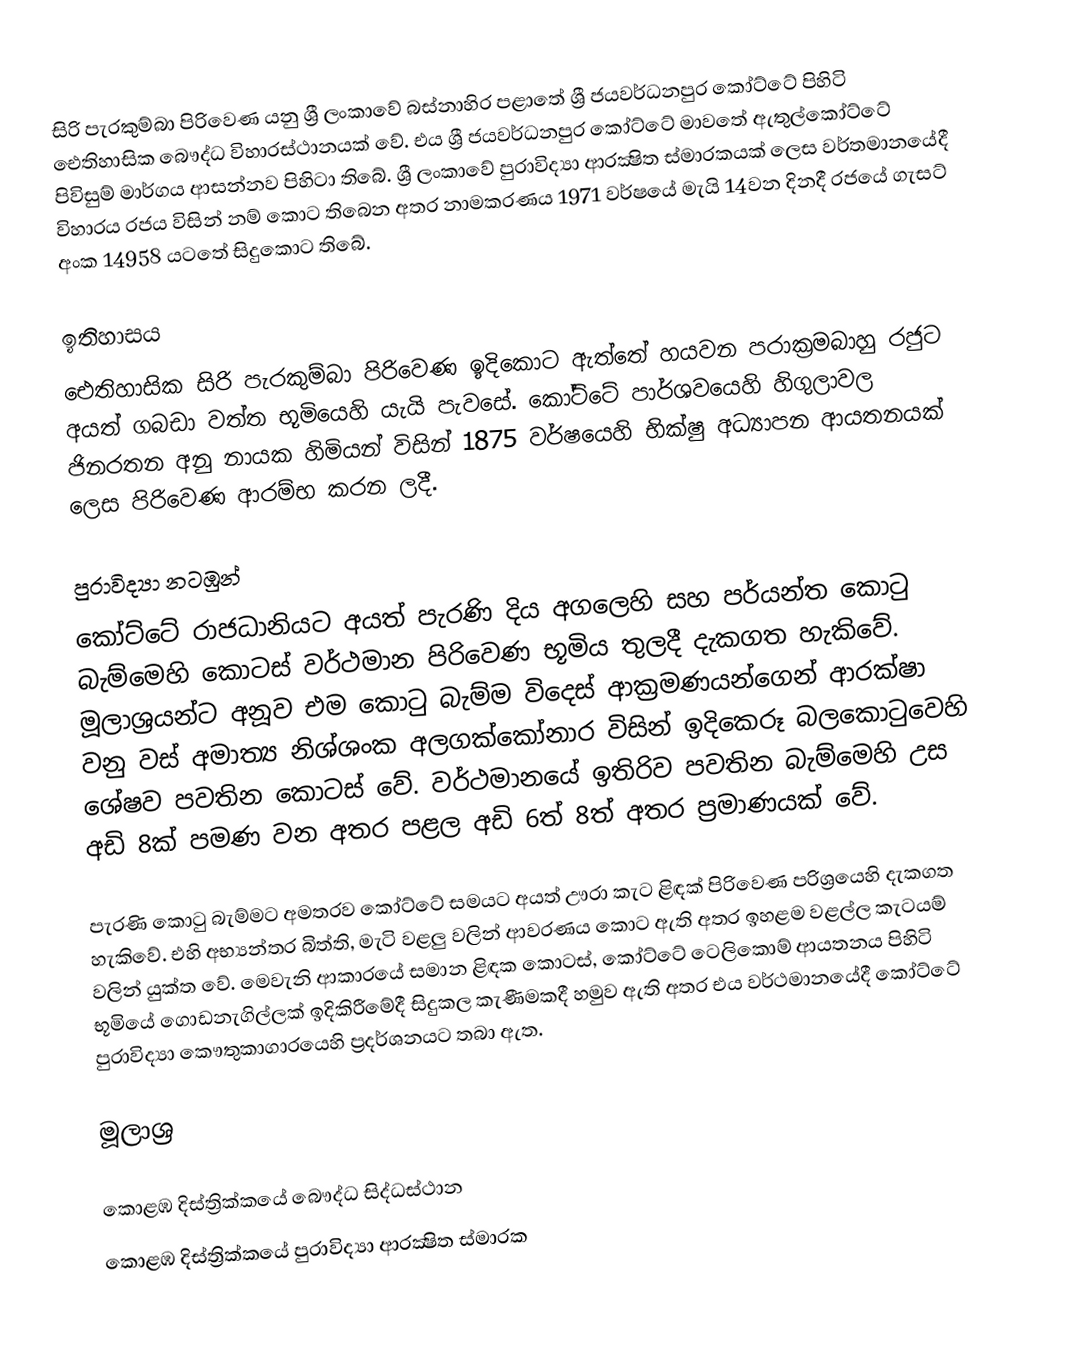
සිරි පැරකුම්බා පිරිවෙණ යනු ශ්‍රී ලංකාවේ බස්නාහිර පළාතේ ශ්‍රී ජයවර්ධනපුර කෝට්ටේ පිහිටි ඓතිහාසික බෞද්ධ විහාරස්ථානයක් වේ. එය ශ්‍රී ජයවර්ධනපුර කෝට්ටේ මාවතේ ඇතුල්කෝට්ටේ පිවිසුම් මාර්ගය ආසන්නව පිහිටා තිබේ. ශ්‍රී ලංකාවේ පුරාවිද්‍යා ආරක්‍ෂිත ස්මාරකයක් ලෙස වර්තමානයේදී විහාරය රජය විසින් නම් කොට තිබෙන අතර නාමකරණය 1971 වර්ෂයේ මැයි 14වන දිනදී රජයේ ගැසට් අංක 14958 යටතේ සිදුකොට තිබේ.

ඉතිහාසය
ඓතිහාසික සිරි පැරකුම්බා පිරිවෙණ ඉදිකොට ඇත්තේ හයවන පරාක්‍රමබාහු රජුට අයත් ගබඩා වත්ත භූමියෙහි යැයි පැවසේ. කෝට්ටේ පාර්ශවයෙහි හිගුලාවල ජිනරතන අනු නායක හිමියන් විසින් 1875 වර්ෂයෙහි භික්ෂු අධ්‍යාපන ආයතනයක් ලෙස පිරිවෙණ ආරම්භ කරන ලදී.

පුරාවිද්‍යා නටඹුන්
කෝට්ටේ රාජධානියට අයත් පැරණි දිය අගලෙහි සහ පර්යන්ත කොටු බැම්මෙහි කොටස් වර්ථමාන පිරිවෙණ භූමිය තුලදී දැකගත හැකිවේ. මූලාශ්‍රයන්ට අනූව එම කොටු බැම්ම විදෙස් ආක්‍රමණයන්ගෙන් ආරක්ෂා වනු වස් අමාත්‍ය නිශ්ශංක අලගක්කෝනාර විසින් ඉදිකෙරූ බලකොටුවෙහි ශේෂව පවතින කොටස් වේ. වර්ථමානයේ ඉතිරිව පවතින බැම්මෙහි උස අඩි 8ක් පමණ වන අතර පළල අඩි 6ත් 8ත් අතර ප්‍රමාණයක් වේ.

පැරණි කොටු බැම්මට අමතරව කෝට්ටේ සමයට අයත් ඌරා කැට ළිඳක්  පිරිවෙණ පරිශ්‍රයෙහි දැකගත හැකිවේ. එහි අභ්‍යන්තර බිත්ති, මැටි වළලු වලින් ආවරණය කොට ඇති අතර ඉහළම වළල්ල කැටයම් වලින් යුක්ත වේ. මෙවැනි ආකාරයේ සමාන ළිඳක කොටස්, කෝට්ටේ ටෙලිකොම් ආයතනය පිහිටි භූමියේ ගොඩනැගිල්ලක් ඉදිකිරීමේදී සිදුකල කැණීමකදී හමුව ඇති අතර එය වර්ථමානයේදී කෝට්ටේ පුරාවිද්‍යා කෞතුකාගාරයෙහි ප්‍රදර්ශනයට තබා ඇත.

මූලාශ්‍ර

කොළඹ දිස්ත්‍රික්කයේ බෞද්ධ සිද්ධස්ථාන‎
කොළඹ දිස්ත්‍රික්කයේ පුරාවිද්‍යා ආරක්‍ෂිත ස්මාරක